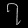
Digit: ၇